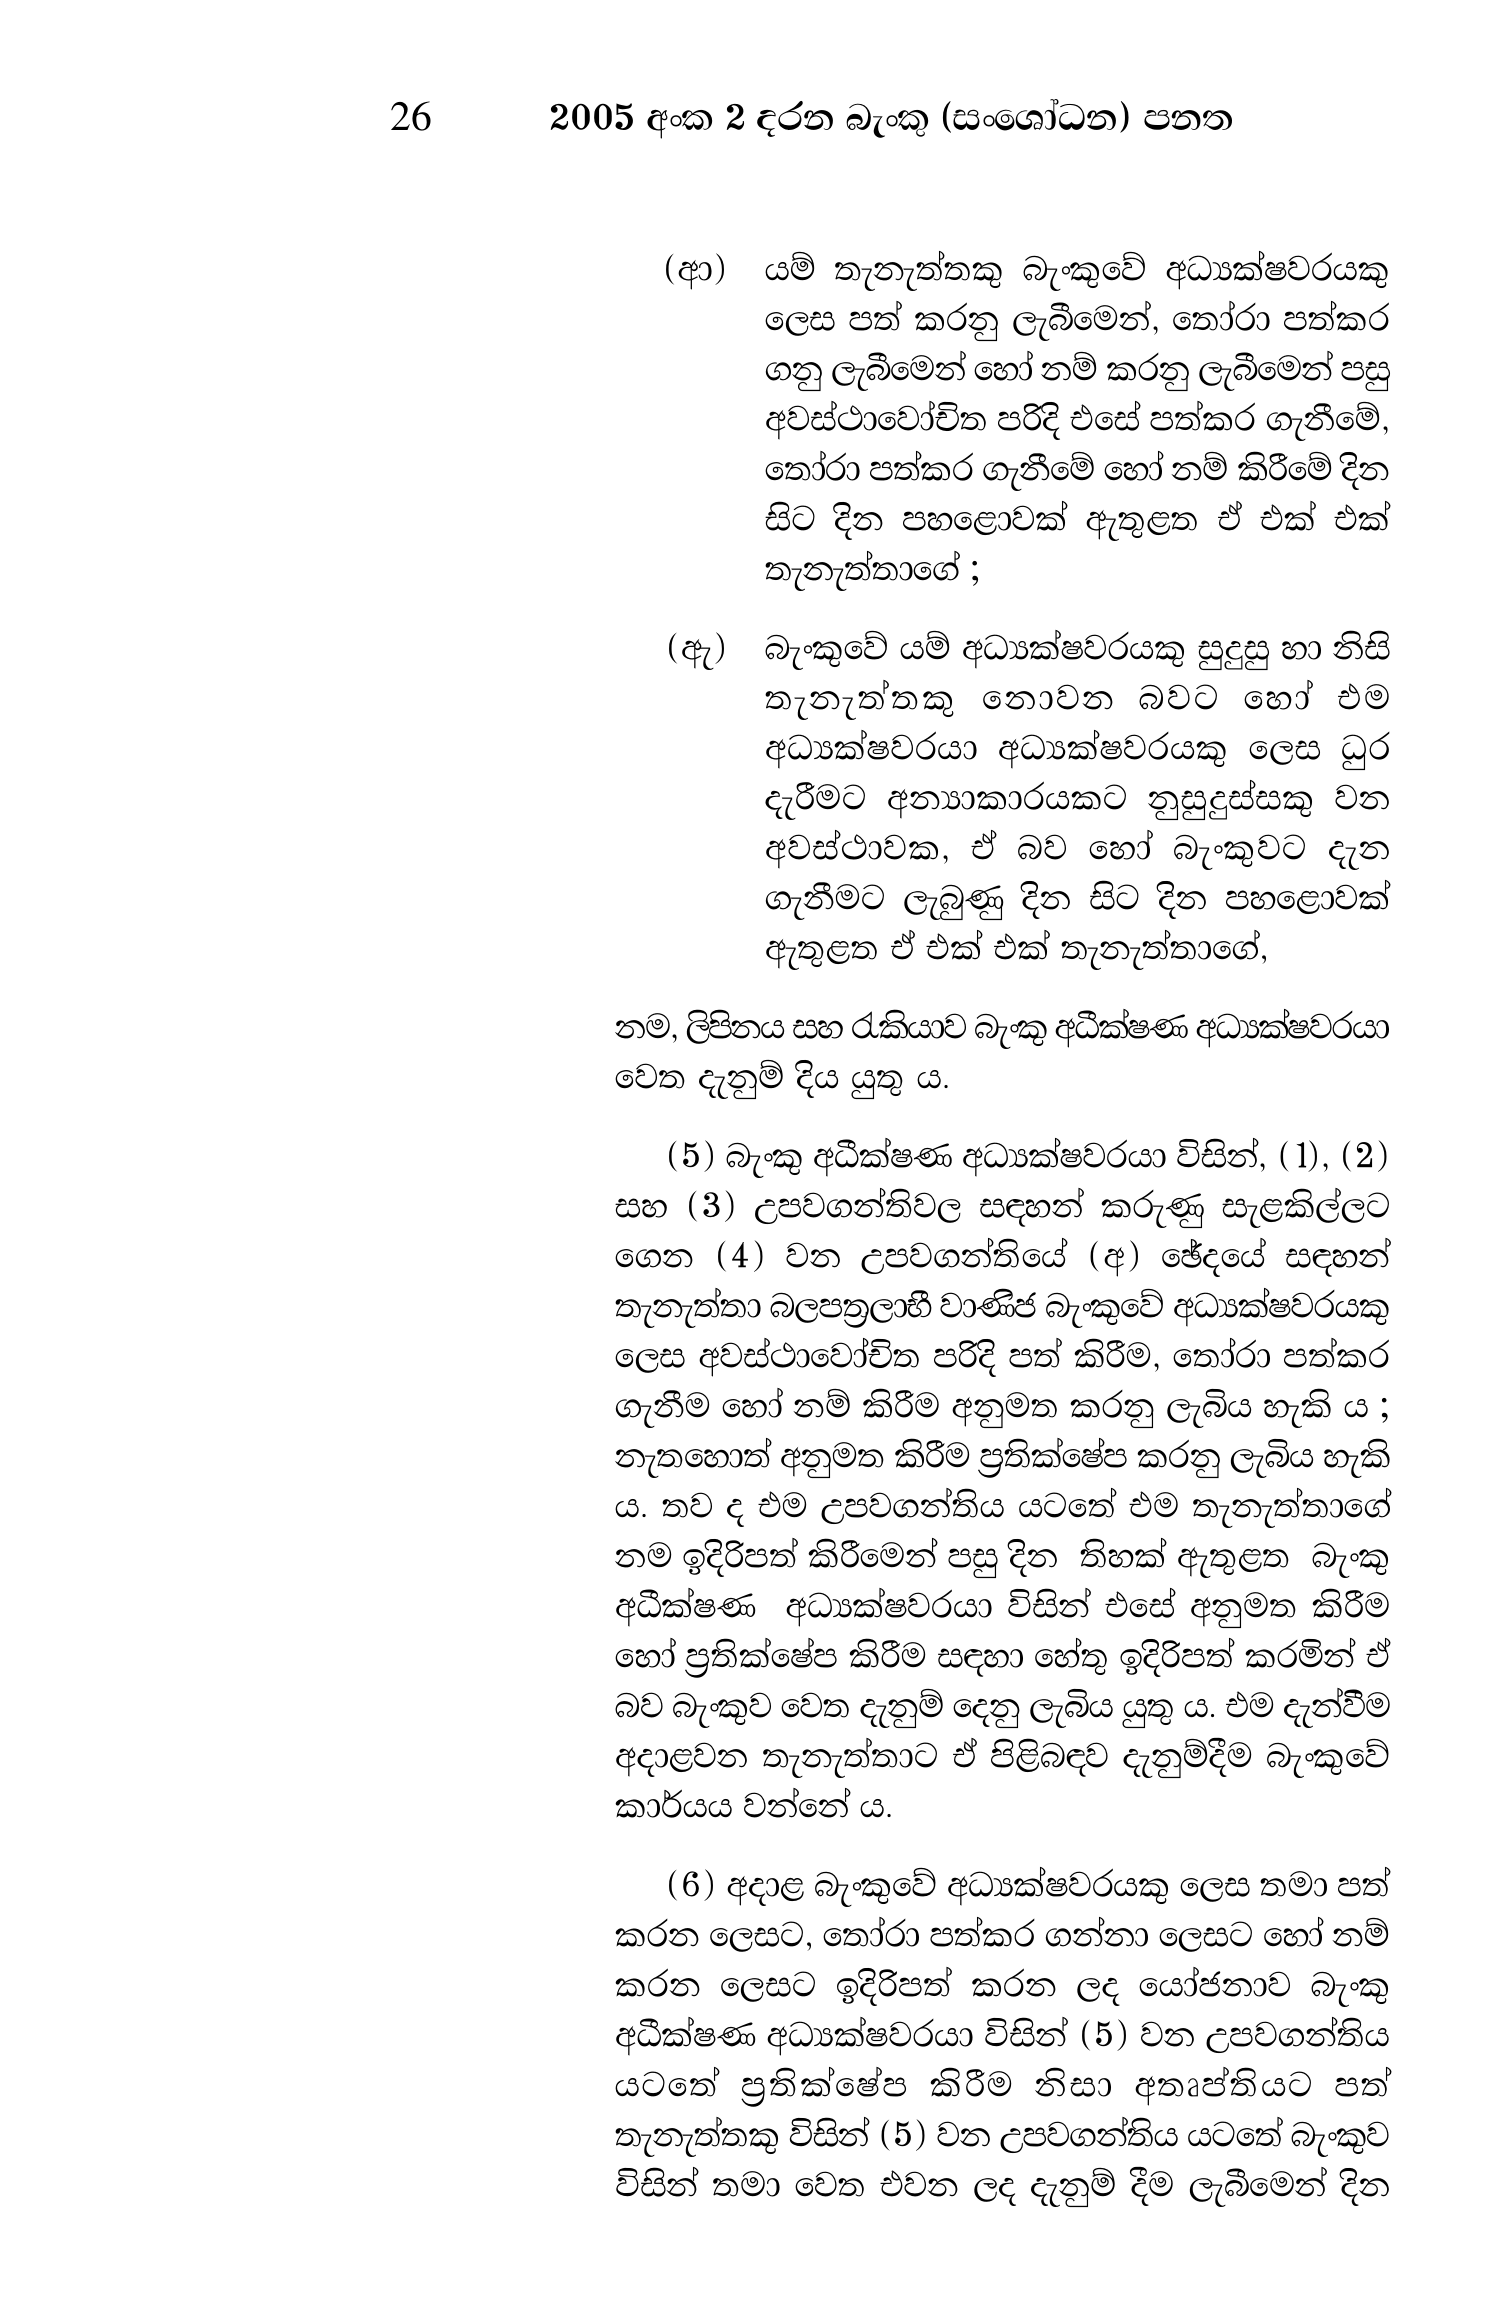
26 2005 අංක 2 දරන බැංකු (සංශෝධන) පනත

(ආ) යම් තැනැත්තකු බැංකුවේ අධ්‍යක්ෂවරයකු
ලෙස පත් කරනු ලැබීමෙන්, තෝරා පත්කර
ගනු ලැබීමෙන් හෝ නම් කරනු ලැබීමෙන් පසු
අවස්ථාවෝචිත පරිදි එසේ පත්කර ගැනීමේ,
තෝරා පත්කර ගැනීමේ හෝ නම් කිරීමේ දින
සිට දින පහළොවක් ඇතුළත ඒ එක් එක්
තැනැත්තාගේ ;

(ඇ) බැංකුවේ යම් අධ්‍යක්ෂවරයකු සුදුසු හා නිසි
තැනැත්තකු නොවන බවට හෝ එම
අධ්‍යක්ෂවරයා අධ්‍යක්ෂවරයකු ලෙස ධුර
දැරීමට අන්‍යාකාරයකට නුසුදුස්සකු වන
අවස්ථාවක, ඒ බව හෝ බැංකුවට දැන
ගැනීමට ලැබුණු දින සිට දින පහළොවක්
ඇතුළත ඒ එක් එක් තැනැත්තාගේ,

නම, ලිපිනය සහ රැකියාව බැංකු අධීක්ෂණ අධ්‍යක්ෂවරයා
වෙත දැනුම් දිය යුතු ය.

(5) බැංකු අධීක්ෂණ අධ්‍යක්ෂවරයා විසින්, (1), (2)
සහ (3) උපවගන්තිවල සඳහන් කරුණු සැළකිල්ලට
ගෙන (4) වන උපවගන්තියේ (අ) ඡේදයේ සඳහන්
තැනැත්තා බලපත්‍රලාභී වාණිජ බැංකුවේ අධ්‍යක්ෂවරයකු
ලෙස අවස්ථාවෝචිත පරිදි පත් කිරීම, තෝරා පත්කර
ගැනීම හෝ නම් කිරීම අනුමත කරනු ලැබිය හැකි ය ;
නැතහොත් අනුමත කිරීම ප්‍රතික්ෂේප කරනු ලැබිය හැකි
ය. තව ද එම උපවගන්තිය යටතේ එම තැනැත්තාගේ
නම ඉදිරිපත් කිරීමෙන් පසු දින තිහක් ඇතුළත බැංකු
අධීක්ෂණ අධ්‍යක්ෂවරයා විසින් එසේ අනුමත කිරීම
හෝ ප්‍රතික්ෂේප කිරීම සඳහා හේතු ඉදිරිපත් කරමින් ඒ
බව බැංකුව වෙත දැනුම් දෙනු ලැබිය යුතු ය. එම දැන්වීම
අදාළවන තැනැත්තාට ඒ පිළිබඳව දැනුම්දීම බැංකුවේ
කාර්යය වන්නේ ය.

(6) අදාළ බැංකුවේ අධ්‍යක්ෂවරයකු ලෙස තමා පත්
කරන ලෙසට, තෝරා පත්කර ගන්නා ලෙසට හෝ නම්
කරන ලෙසට ඉදිරිපත් කරන ලද යෝජනාව බැංකු
අධීක්ෂණ අධ්‍යක්ෂවරයා විසින් (5) වන උපවගන්තිය
යටතේ ප්‍රතික්ෂේප කිරීම නිසා අතෘප්තියට පත්
තැනැත්තකු විසින් (5) වන උපවගන්තිය යටතේ බැංකුව
විසින් තමා වෙත එවන ලද දැනුම් දීම ලැබීමෙන් දින